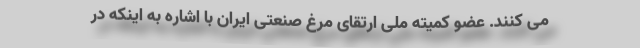
می کنند. عضو کمیته ملی ارتقای مرغ صنعتی ایران با اشاره به اینکه در